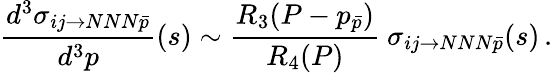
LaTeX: \frac{d^{3}\sigma_{ij\rightarrow NNN\bar{p}}}{d^{3}p}(s)\sim\frac{R_{3}(P-p_{\bar{p}})}{R_{4}(P)}\ \sigma_{ij\rightarrow NNN\bar{p}}(s)\, .